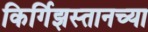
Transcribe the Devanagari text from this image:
किर्गिझस्तानच्या